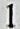
1